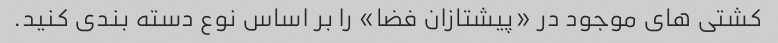
کشتی های موجود در «پیشتازان فضا» را بر اساس نوع دسته بندی کنید.